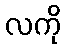
လကို